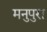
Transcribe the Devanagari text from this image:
मनुपुरा